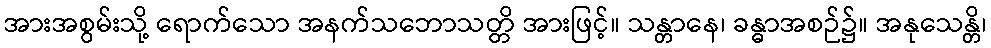
အားအစွမ်းသို့ ရောက်သော အနက်သဘောသတ္တိ အားဖြင့်။ သန္တာနေ၊ ခန္ဓာအစဉ်၌။ အနုသေန္တိ၊